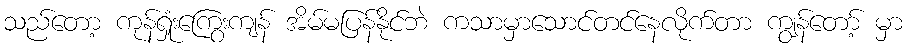
သည်တော့ ကုန်ရှုံးကြွေးကျန် အိမ်မပြန်နိုင်ဘဲ ကသာမှာသောင်တင်နေလိုက်တာ ကျွန်တော့် မှာ